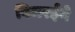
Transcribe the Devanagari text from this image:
विजरईने